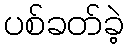
ပစ်ခတ်ခဲ့